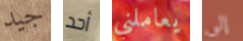
جيد أحد يعاملني إلى